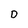
Character: D